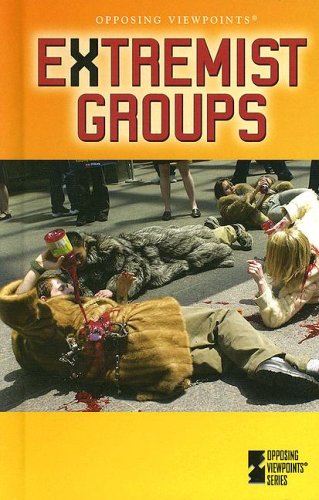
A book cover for Extremist Groups (Opposing Viewpoints); Karen F. Balkin; Teen & Young Adult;